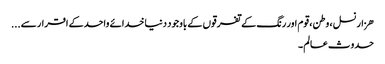
ھزار نسل ، وطن ، قوم اور رنگ کے تفرقوں کے باوجود دنیا خدائے واحدکے اقرار سے...
حدوث عالم ۔